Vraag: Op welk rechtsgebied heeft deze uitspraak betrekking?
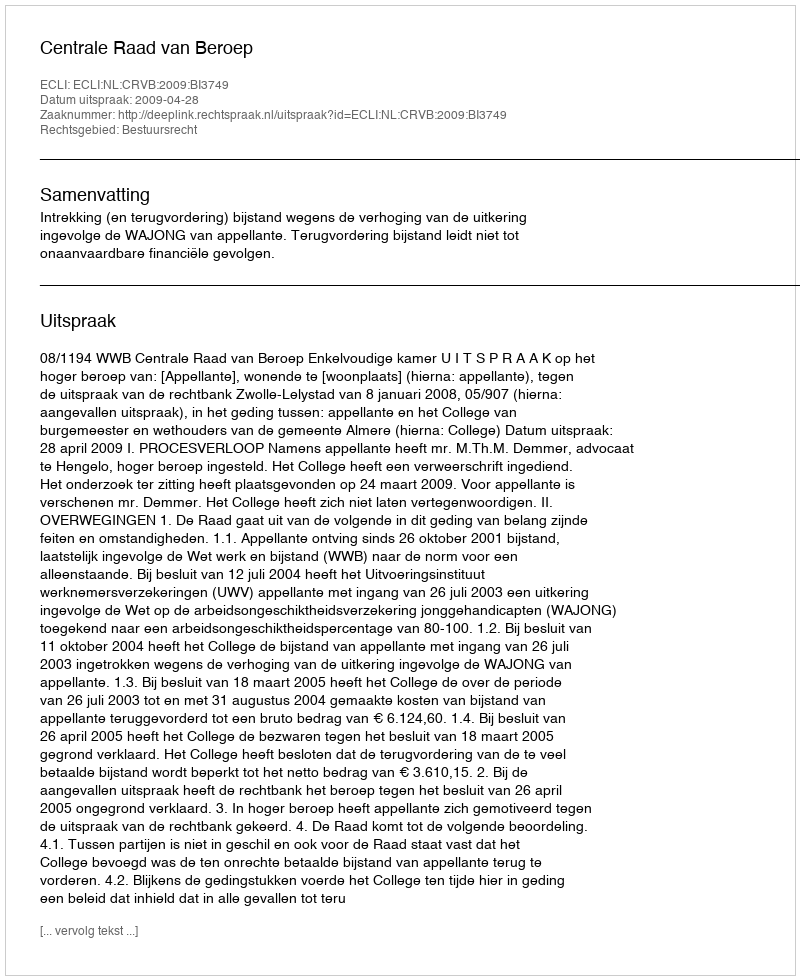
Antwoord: Bestuursrecht